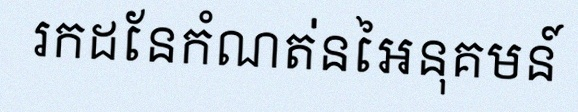
រកដែនកំណត់នៃអនុគមន៍